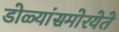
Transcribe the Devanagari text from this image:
डोळ्यांसमोरयेते